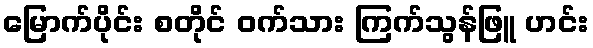
မြောက်ပိုင်း စတိုင် ဝက်သား ကြက်သွန်ဖြူ ဟင်း